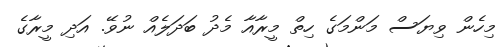
މިހެން ވިޔަސް މަންމަގެ ހިތް މީރާއާ މެދު ބަދަލެއް ނުވޭ. އަދި މީރާގެ